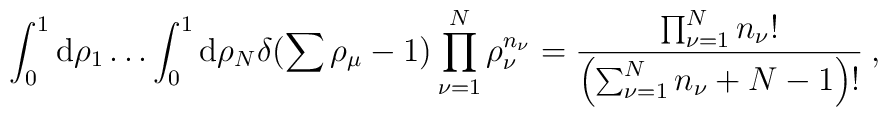
\int_{0}^{1}{\rm d}\rho_{1}\ldots\int_{0}^{1}{\rm d}\rho_{N}\delta(\sum\rho_{\mu}-1)\prod_{\nu=1}^{N}\rho_{\nu}^{n_{\nu}}=\frac{\prod_{\nu=1}^{N}n_{\nu}!}{\left(\sum_{\nu=1}^{N}n_{\nu}+N-1\right)!}\:,